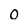
Character: O